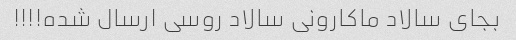
بجای سالاد ماکارونی سالاد روسی ارسال شده!!!!